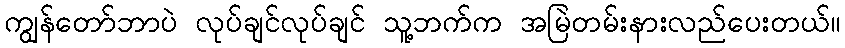
ကျွန်တော်ဘာပဲ လုပ်ချင်လုပ်ချင် သူ့ဘက်က အမြဲတမ်းနားလည်ပေးတယ်။